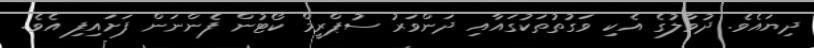
ދިޔައެވެ. ދުވާލުގެ އެކި ވަގުތުތަކުގައާއި ދަންވަރު ސުޕްރީމް ކޯޓުން ފެންނަން ފަށައިފި އެވެ.